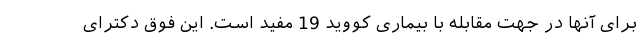
برای آنها در جهت مقابله با بیماری کووید 19 مفید است. این فوق دکترای